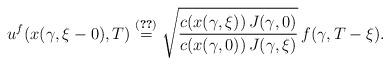
LaTeX: \begin{align*}{u^{f}(x(\gamma ,\xi -0),T) } \overset{(\ref{2.6})}=\sqrt { \frac{c(x(\gamma ,\xi )) \, J(\gamma ,0 )} {c(x(\gamma ,0 )) \, J(\gamma ,\xi )} }\,f(\gamma ,T-\xi ).\end{align*}